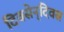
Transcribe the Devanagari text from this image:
दिवसेन्‌दिवस